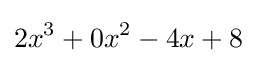
2x^{3}+0x^{2}-4x+8